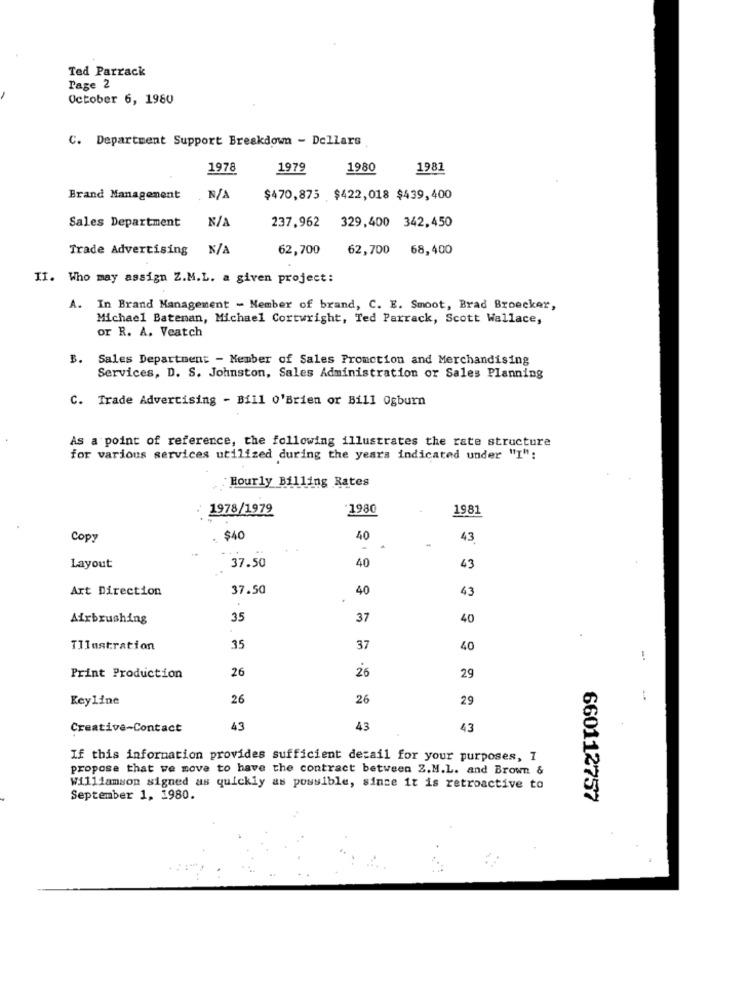
Ted Parrack
Page 2
October 6, 1980
C. Department Support Breakdown - Dollars
1978
1979
1980
1981
Brand Management
$470,875 $422,018 $439,400
Sales Department
237,962 329,400 342,450
Trade Advertising
62,700
62,700 68,400
II. Who may assign Z.M.L. a given project:
A. In Brand Management - Member of brand, C. E. Smoot, Brad Broecker,
Michael Bateman, Michael Cortwright, Ted Parrack, Scott Wallace,
or R. A. Veatch
B.
Sales Department - Member of Sales Promotion and Merchandising
Services, D. S. Johnston, Sales Administration or Sales Planning
C. Trade Advertising - Bill 0'Brien or Bill Ogburn
As a point of reference, the following illustrates the rate structure
for various services utilized during the years indicated under "I":
Hourly Billing Rates
: 1978/1979
-1980
1981
Copy
$40
40
43
-
37.50
Layout
40
43
Art Direction
37.50
40
43
Airbrushing
35
37
40
TIlustration
35
37
40
!
26
Print Production
26
29
Keyline
26
26
29
Creative-Contact
43
43
43
If this information provides sufficient detail for your purposes, 1
propose that we move to have the contract between Z.M.L. and Brown &
Williamson signed as quickly as possible, since it is retroactive to
September 1, 1980.
660112757